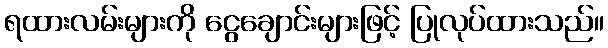
ရထားလမ်းများကို ငွေချောင်းများဖြင့် ပြုလုပ်ထားသည်။